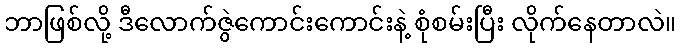
ဘာဖြစ်လို့ ဒီလောက်ဇွဲကောင်းကောင်းနဲ့ စုံစမ်းပြီး လိုက်နေတာလဲ။